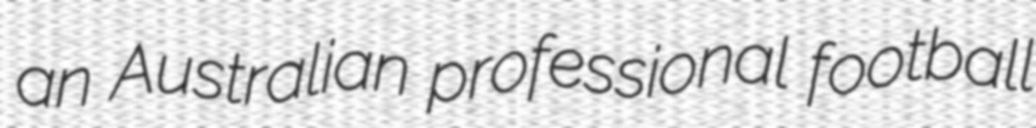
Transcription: an Australian professional football